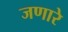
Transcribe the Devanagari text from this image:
जणारे